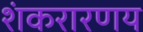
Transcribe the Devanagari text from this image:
शंकरारणय